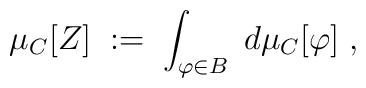
\mu_C[Z] \; := \; \int_{\varphi \in B} \; d\mu_C[\varphi] \; ,